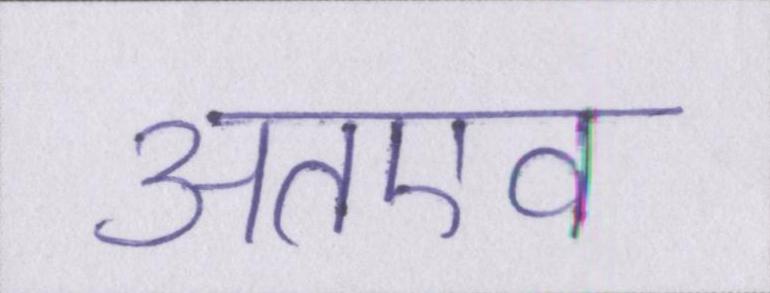
अतएव